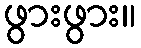
ဖွားဖွား။